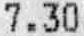
7.30